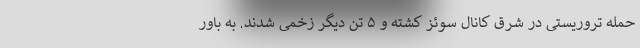
حمله تروریستی در شرق کانال سوئز کشته و ۵ تن دیگر زخمی شدند. به باور